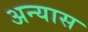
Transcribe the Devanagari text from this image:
अन्यास